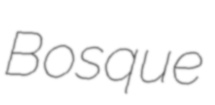
Bosque